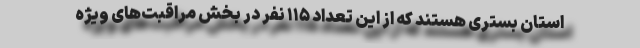
استان بستری هستند که از این تعداد ۱۱۵ نفر در بخش مراقبت‌های ویژه